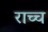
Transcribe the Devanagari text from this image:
राच्च